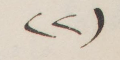
(٢)